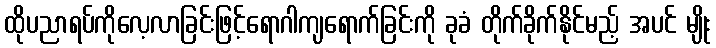
ထိုပညာရပ်ကိုလေ့လာခြင်းဖြင့်ရောဂါကျရောက်ခြင်းကို ခုခံ တိုက်ခိုက်နိုင်မည့် အပင် မျိုး